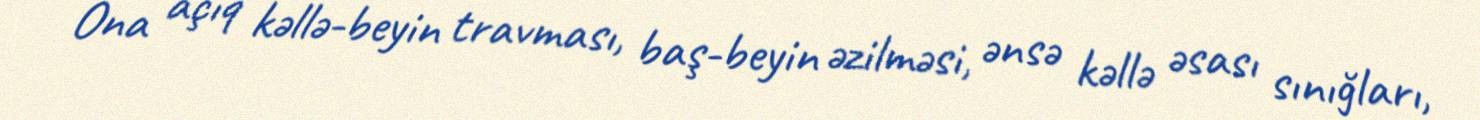
Ona açıq kəllə-beyin travması, baş-beyin əzilməsi, ənsə kəllə əsası sınığları,